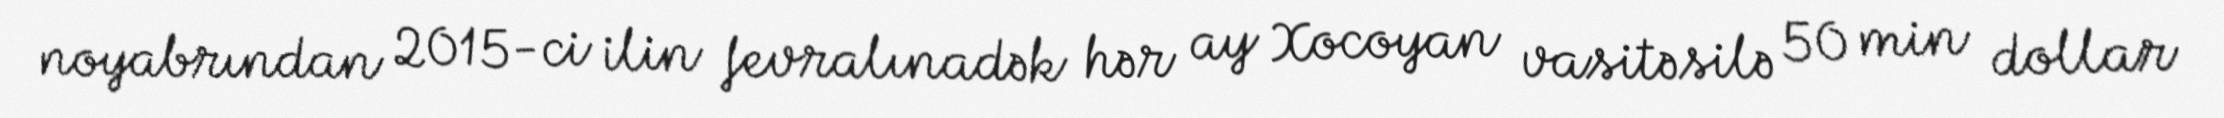
noyabrından 2015-ci ilin fevralınadək hər ay Xocoyan vasitəsilə 50 min dollar